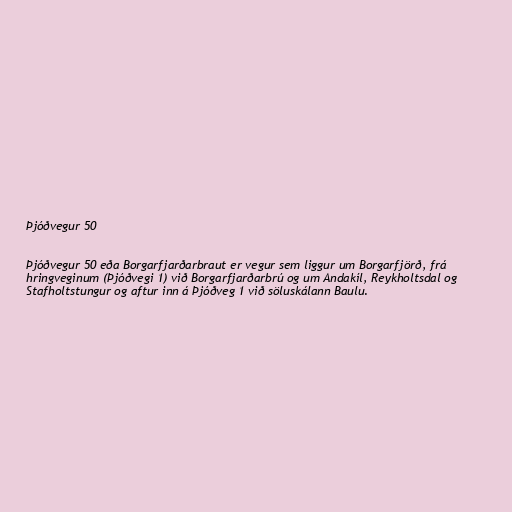
Þjóðvegur 50

Þjóðvegur 50 eða Borgarfjarðarbraut er vegur sem liggur um Borgarfjörð, frá
hringveginum (Þjóðvegi 1) við Borgarfjarðarbrú og um Andakíl, Reykholtsdal og
Stafholtstungur og aftur inn á Þjóðveg 1 við söluskálann Baulu.